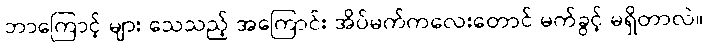
ဘာကြောင့် များ သေသည့် အကြောင်း အိပ်မက်ကလေးတောင် မက်ခွင့် မရှိတာလဲ။